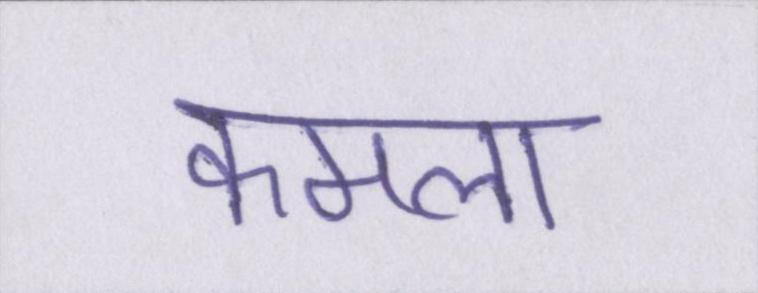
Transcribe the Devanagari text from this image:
कमला